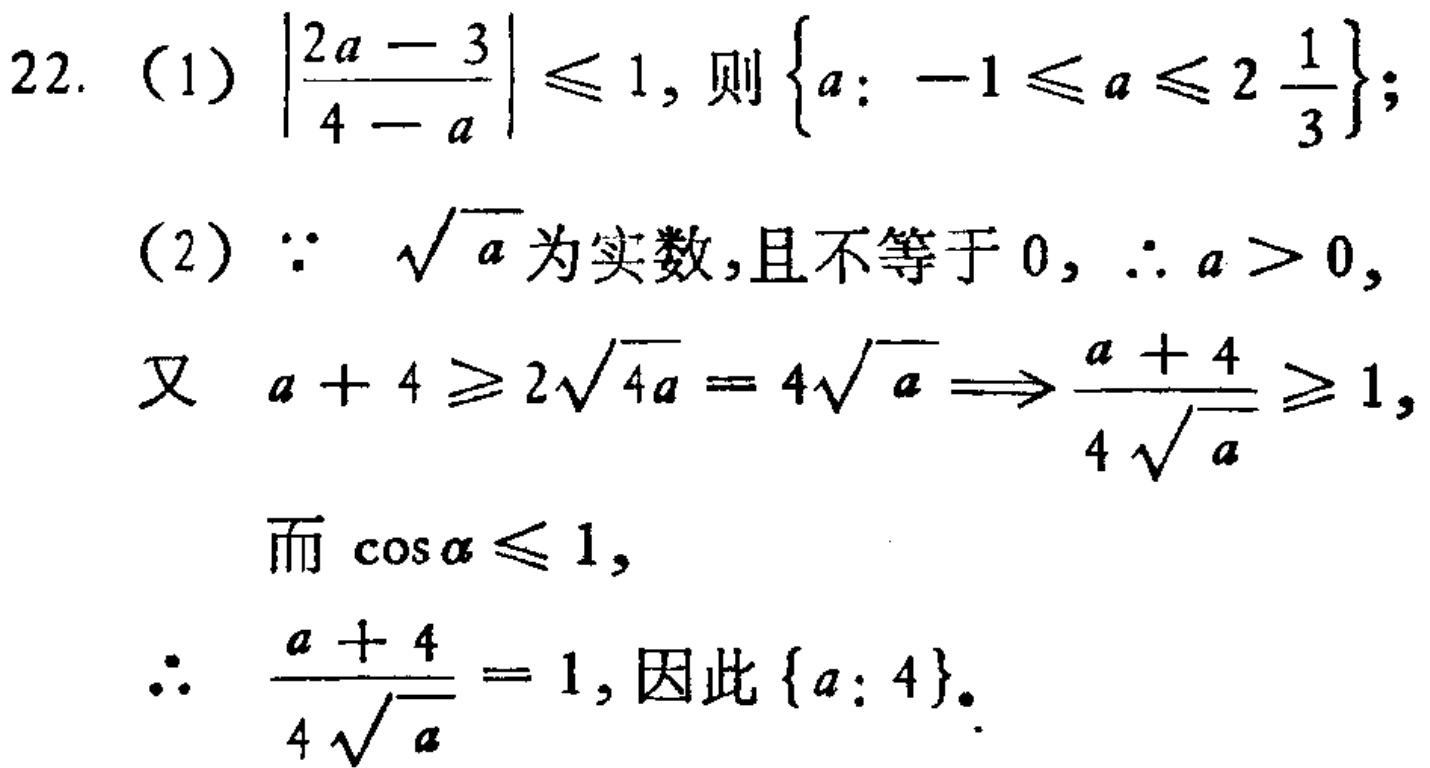
22. (1) \(\left|\frac{2a - 3}{4 - a}\right| \leq 1\), 则 \(\left\{a: -1 \leq a \leq 2\frac{1}{3}\right\}\);

(2) \(\because\) \(\sqrt{a}\) 为实数,且不等于 \(0\), \(\therefore a > 0\),

又 \(a + 4 \geq 2\sqrt{4a}=4\sqrt{a} \Longrightarrow \frac{a + 4}{4\sqrt{a}} \geq 1\),

而 \(\cos\alpha \leq 1\),

\(\therefore\) \(\frac{a + 4}{4\sqrt{a}} = 1\), 因此 \(\{a: 4\}\).